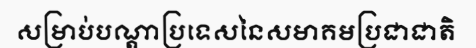
សម្រាប់បណ្តាប្រទេសនៃសមាគមប្រជាជាតិ